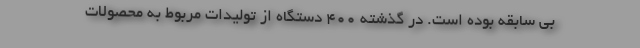
بی سابقه بوده است. در گذشته ۴۰۰ دستگاه از تولیدات مربوط به محصولات